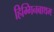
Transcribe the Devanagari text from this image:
हिग्गिनबाथम